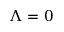
\Lambda = 0